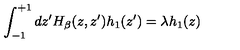
\int _ { - 1 } ^ { + 1 } d z ^ { \prime } H _ { \beta } ( z , z ^ { \prime } ) h _ { 1 } ( z ^ { \prime } ) = \lambda h _ { 1 } ( z )